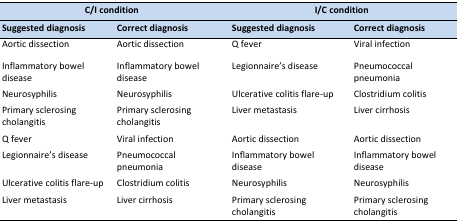
<table><thead><tr><td colspan="2"><b>C/I condition</b></td><td colspan="2"><b>I/C condition</b></td></tr><tr><td><b>Suggested diagnosis</b></td><td><b>Correct diagnosis</b></td><td><b>Suggested diagnosis</b></td><td><b>Correct diagnosis</b></td></tr></thead><tbody><tr><td>Aortic dissection</td><td>Aortic dissection</td><td>Q fever</td><td>Viral infection</td></tr><tr><td>Inflammatory bowel disease</td><td>Inflammatory bowel disease</td><td>Legionnaire’s disease</td><td>Pneumococcal pneumonia</td></tr><tr><td>Neurosyphilis</td><td>Neurosyphilis</td><td>Ulcerative colitis flare-up</td><td>Clostridium colitis</td></tr><tr><td>Primary sclerosing cholangitis</td><td>Primary sclerosing cholangitis</td><td>Liver metastasis</td><td>Liver cirrhosis</td></tr><tr><td>Q fever</td><td>Viral infection</td><td>Aortic dissection</td><td>Aortic dissection</td></tr><tr><td>Legionnaire’s disease</td><td>Pneumococcal pneumonia</td><td>Inflammatory bowel disease</td><td>Inflammatory bowel disease</td></tr><tr><td>Ulcerative colitis flare-up</td><td>Clostridium colitis</td><td>Neurosyphilis</td><td>Neurosyphilis</td></tr><tr><td>Liver metastasis</td><td>Liver cirrhosis</td><td>Primary sclerosing cholangitis</td><td>Primary sclerosing cholangitis</td></tr></tbody></table>